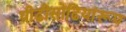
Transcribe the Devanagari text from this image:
पीढीसोढियांरूप